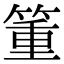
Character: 箽